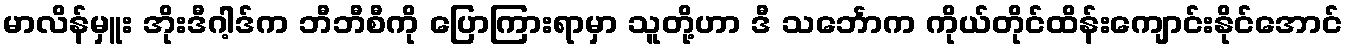
မာလိန်မှူး အိုးဒီဂါ့ဒ်က ဘီဘီစီကို ပြောကြားရာမှာ သူတို့ဟာ ဒီ သင်္ဘောက ကိုယ်တိုင်ထိန်းကျောင်းနိုင်အောင်